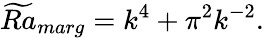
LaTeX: \widetilde{Ra}_{marg}=k^{4}+\pi^{2}k^{-2}.